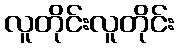
လူတိုင်းလူတိုင်း